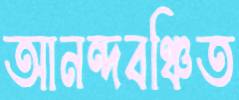
আনন্দবঞ্চিত